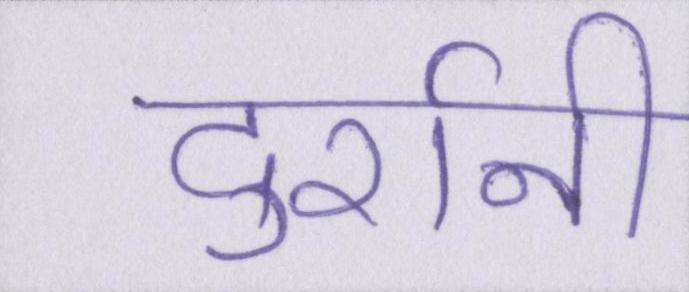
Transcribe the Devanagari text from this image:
दुर्रानी